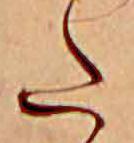
た